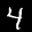
Label: 4